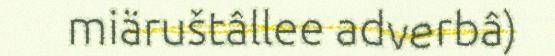
miäruštâllee adverbâ)